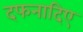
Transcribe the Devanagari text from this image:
दफनादिए